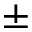
\pm